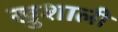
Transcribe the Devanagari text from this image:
खुशाली